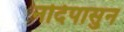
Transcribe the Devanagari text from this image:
नदिपासुन